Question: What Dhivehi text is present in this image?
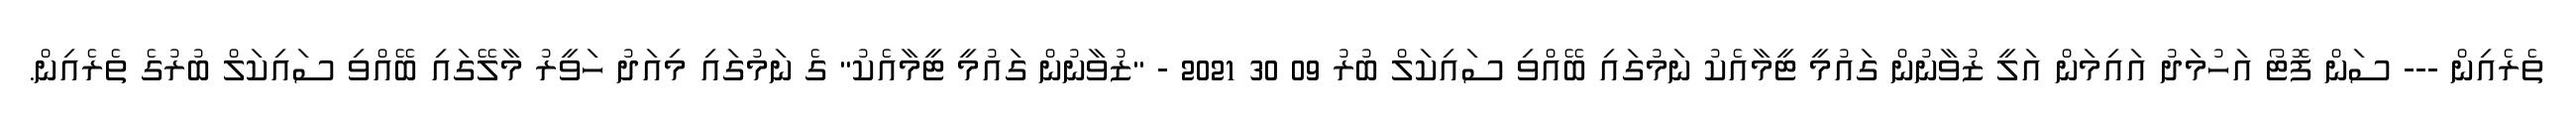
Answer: ތެރެއިން --- ސަން ފޮޓޯ އަހުމަދު އައިމަން އަލީ ޒުވާނުން ގައުމީ ޓީމާއެކު ނަމުގައި ބޭއްވި ސައިކަލް ބުރު 09 30 2021 - "ޒުވާނުން ގައުމީ ޓީމާއެކު" ގެ ނަމުގައި މިއަދު ހަވީރު މާލޭގައި ބޭއްވި ސައިކަލް ބުރުގެ ތެރެއިން.